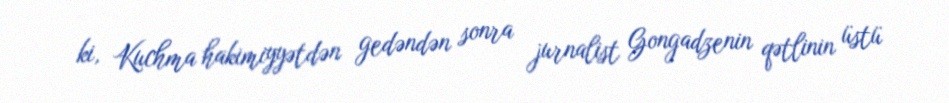
ki, Kuchma hakimiyyətdən gedəndən sonra jurnalist Gongadzenin qətlinin üstü